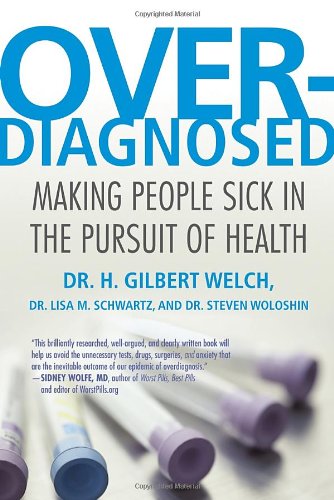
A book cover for Overdiagnosed: Making People Sick in the Pursuit of Health; H. Gilbert Welch; Medical Books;